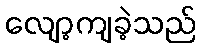
လျော့ကျခဲ့သည်